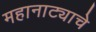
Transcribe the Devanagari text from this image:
महानाट्याचे